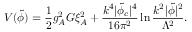
V ( \tilde { \phi } ) = { \frac { 1 } { 2 } } g _ { A } ^ { 2 } G \xi _ { A } ^ { 2 } + { \frac { k ^ { 4 } \vert \tilde { \phi } _ { c } \vert ^ { 4 } } { 1 6 \pi ^ { 2 } } } \ln { \frac { k ^ { 2 } \vert \tilde { \phi } \vert ^ { 2 } } { \Lambda ^ { 2 } } } .